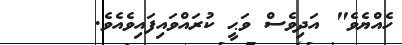
ހެއްޔެވެ" އަދިވެސް ވަޙީ ކުރައްވައިފައިވެއެވެ.